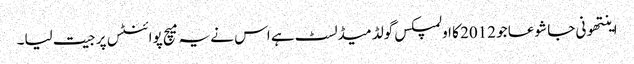
اینتھونی جا شوعا جو 2012 کا اولمپکس گولڈ میڈلسٹ ہے اس نے یہ میچ پوائنٹس پر جیت لیا۔